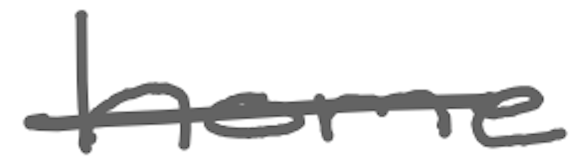
Text: home
Cross-out: single-line
Writing tool: digital_gray